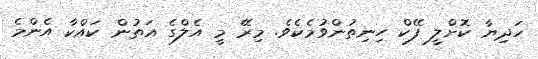
ހަދިޔާ ކޮށްލީ ފޭކް ހިނިތުންވުމެކެވެ. މިރޭ މީ އެލްގެ އަތުން ކައްކާ އެންމެ